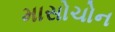
માસોચોન